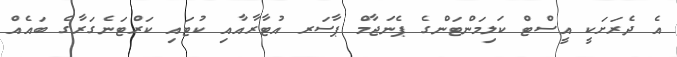
އެ ދެރަށަކީ އީސްޓް ކަލިމަންޓަންގެ ޕެނަޖާމް ޕާސަރ އުޓާރާއާއި ކުޓައި ކަރްޓަނެގަރާގެ ބައެއް